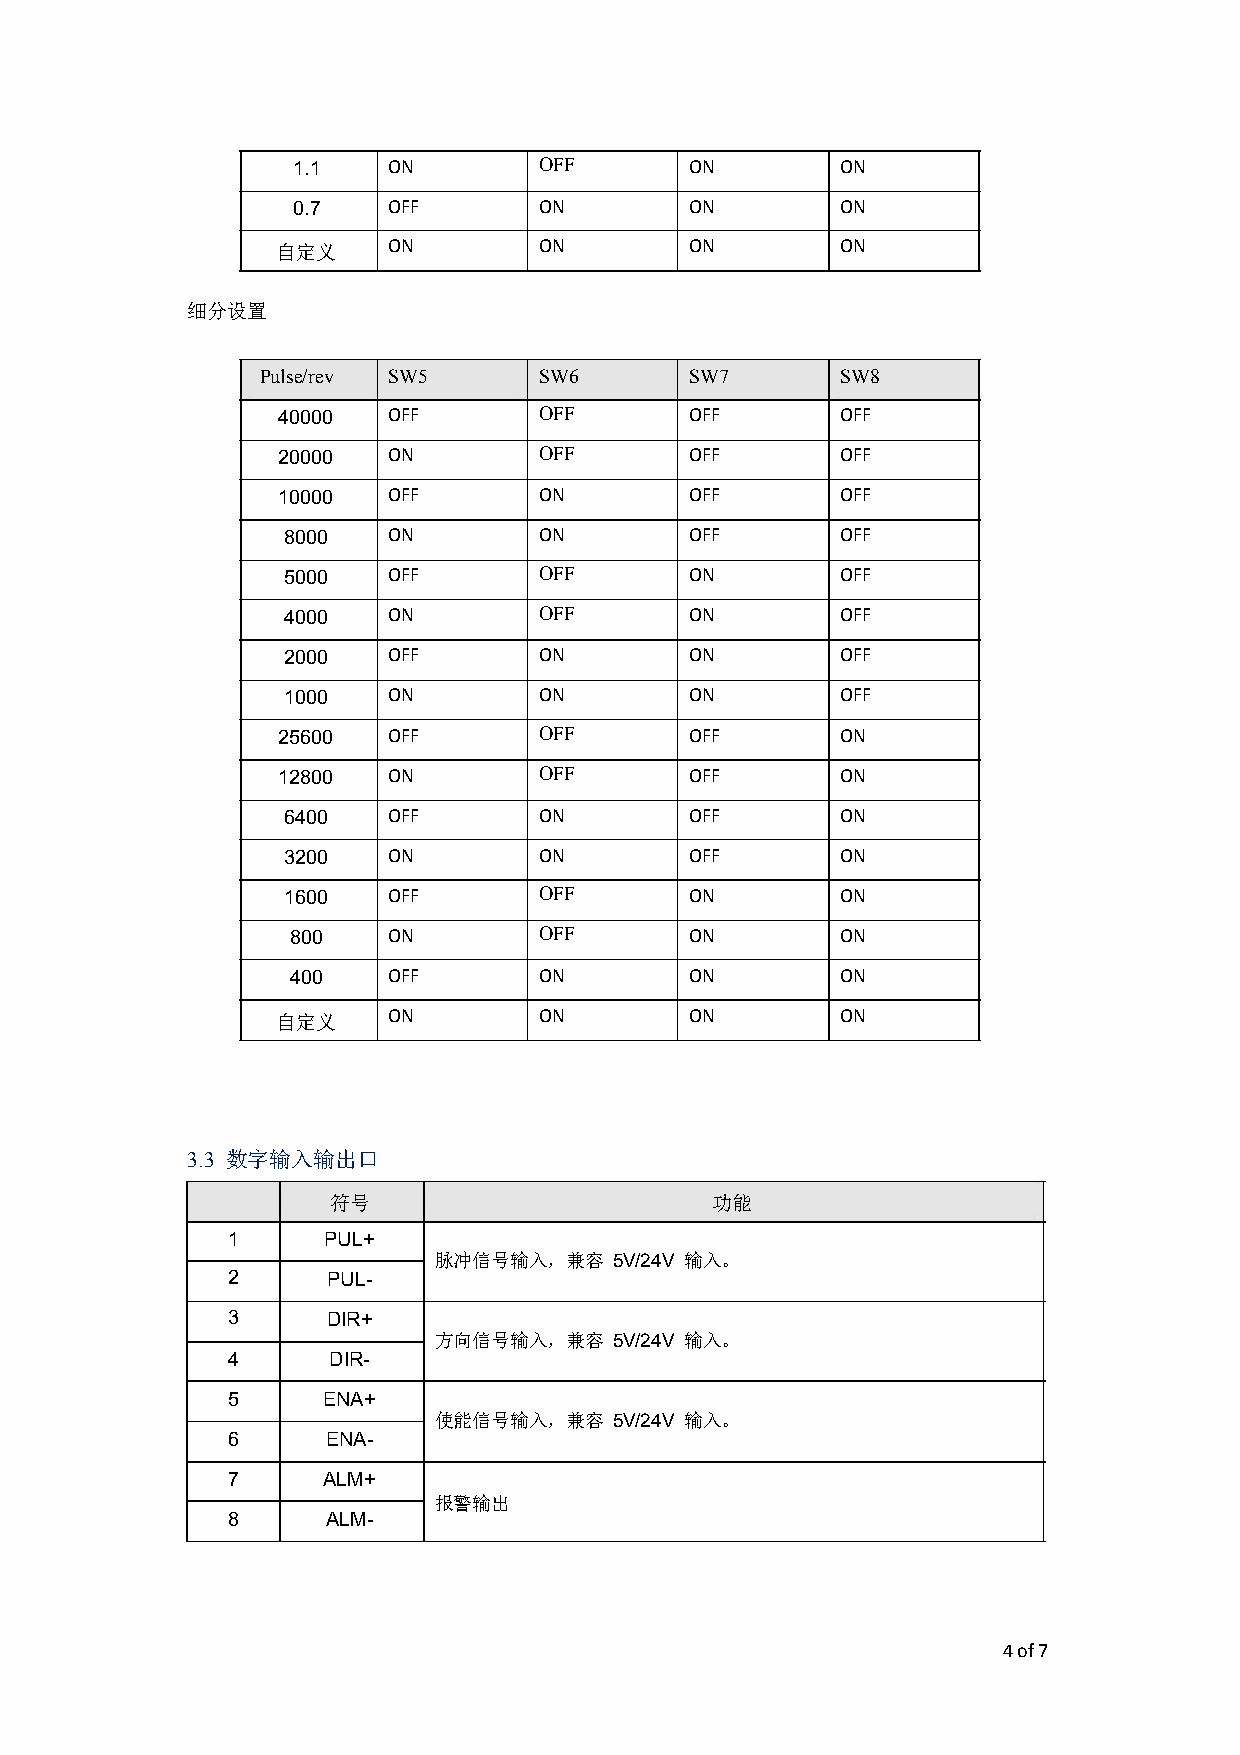
致力于PLC，电机控制和机器视觉应用和开发
 1.1    ON        OFF       ON        ON
 0.7    OFF       ON        ON        ON
 自定义     ON        ON        ON        ON
 细分设置
 Pulse/rev SW5      SW6       SW7       SW8
 40000   OFF       OFF       OFF       OFF
 20000   ON        OFF       OFF       OFF
 10000   OFF       ON        OFF       OFF
 8000   ON        ON        OFF       OFF
 5000   OFF       OFF       ON        OFF
 4000   ON        OFF       ON        OFF
 2000   OFF       ON        ON        OFF
 1000   ON        ON        ON        OFF
 25600   OFF       OFF       OFF       ON
 12800   ON        OFF       OFF       ON
 6400   OFF       ON        OFF       ON
 3200   ON        ON        OFF       ON
 1600   OFF       OFF       ON        ON
 800    ON        OFF       ON        ON
 400    OFF       ON        ON        ON
 自定义     ON        ON        ON        ON
 3.3 数字输入输出口
 符号                       功能
 1     PUL+
 脉冲信号输入，兼容   5V/24V 输入。
 2      PUL-
 3      DIR+
 方向信号输入，兼容   5V/24V 输入。
 4      DIR-
 5     ENA+
 使能信号输入，兼容   5V/24V 输入。
 6      ENA-
 7     ALM+
 报警输出
 8      ALM-
 4 of 7
 eeew.ixnwn.com